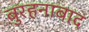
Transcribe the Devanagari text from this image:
बुरहनाबाद